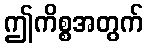
ဤကိစ္စအတွက်